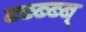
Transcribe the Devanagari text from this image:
ब्ब्ब्ब्ब्